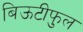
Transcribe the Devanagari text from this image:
बिऊटीफुल